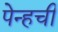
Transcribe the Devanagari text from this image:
पेन्हची